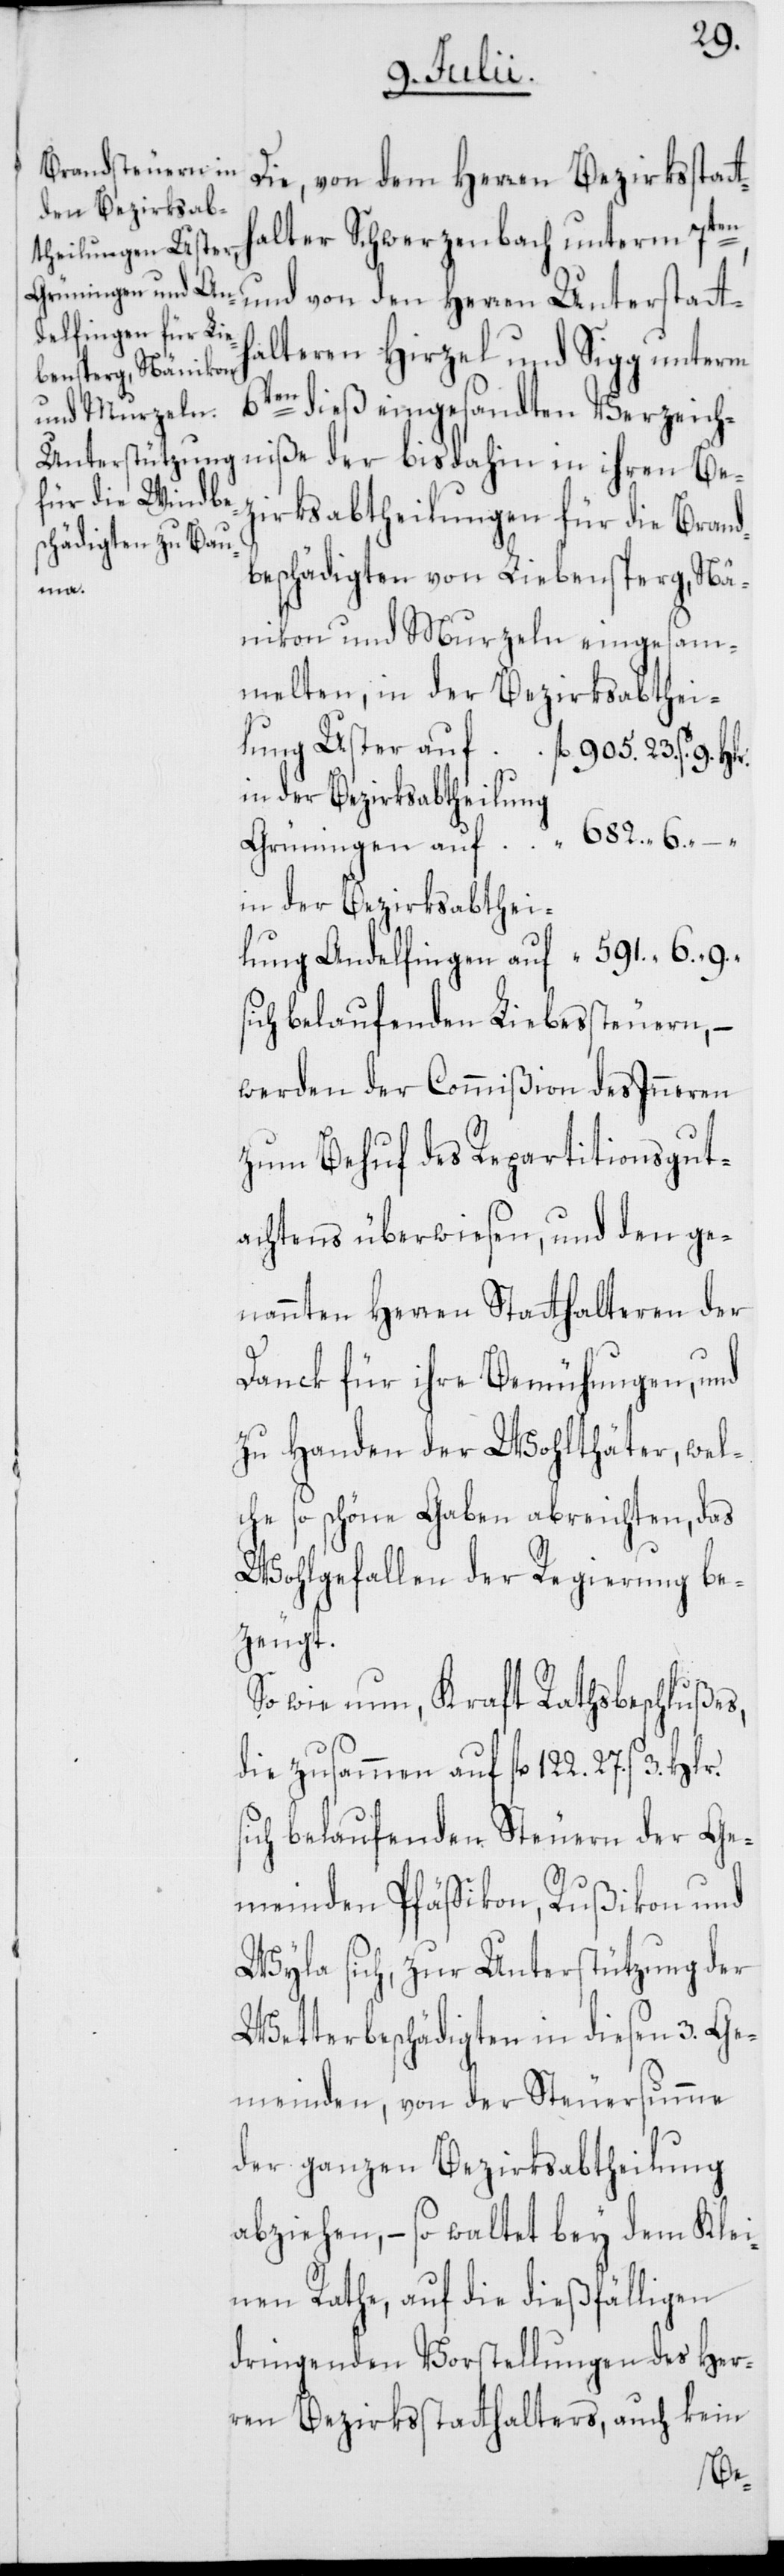
Die, von dem Herren Bezirksstat¬
alter Schwerzenbach unterm 7ten,
alteren Hirzel und Sigg unterm
6ten dieß eingesandten Verzeich¬
zirksabtheilungen für die Brand¬
beschädigten von Liebensperg, Nä¬
elten,
nikon und Murzeln eingesamm¬
lung Uster auf fl. 905. 23 ß. 9.
in der Bezirksabtheilung
Grüningen auf “ 682 6. “
in der Bezirksabthei¬
lung Andelfingen auf
sich belaufenden Liebessteuern,
werden der Commißion des Inneren
zum Behuf des Repartitionsgut¬
achtens überwiesen, und den ge¬
nannten Herren Statthalteren der
“
Danck für ihre Bemühungen, und
zu Handen der Wohlthäter, wel¬
che so schöne Gaben abreichten, das
Wohlgefallen der Regierung be¬
zeugt.
So wie nun, Kraft Rathsbeschlußes,
die zusammen auf fl. 122. 27. ß 3.
sich belaufenden Steuern der Ge¬
meinden Pfäffikon, Rußikon und
Wyla sich, zur Unterstützung der
Wetterbeschädigten in diesen 3. Ge¬
meinden, von der Steuersumme
der ganzen Bezirksabtheilung
abziehen, – so waltet bey dem Klei¬
nen Rathe, auf die dießfälligen
dringenden Vorstellungen des Her¬
ren Bezirksstatthalters, auch kein
Be¬